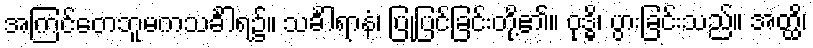
အကြင်တေဘူမကသင်္ခါရ၌။ သင်္ခါရာနံ၊ ပြုပြင်ခြင်းတို့၏။ ဝုဒ္ဓိ၊ ပွားခြင်းသည်။ အတ္ထိ၊